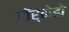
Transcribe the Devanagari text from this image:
टॉर्नेडो